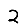
Digit: 2